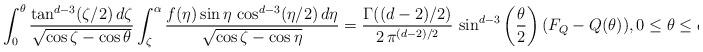
LaTeX: \begin{align*} \int_0^\theta \frac {\tan^{d-3}(\zeta/2) \,d\zeta} {\sqrt{\cos \zeta - \cos\theta} } \int_\zeta^\alpha \frac {f(\eta) \sin \eta\, \cos^{d-3}(\eta/2) \, d\eta} {\sqrt{\cos \zeta - \cos \eta}} = \frac { \Gamma((d-2)/2)} {2\, \pi^{(d-2)/2}} \, \sin^{d-3}\bigg(\frac{\theta}{2}\bigg) \, (F_Q - Q(\theta)), 0 \leq \theta \leq \alpha.\end{align*}